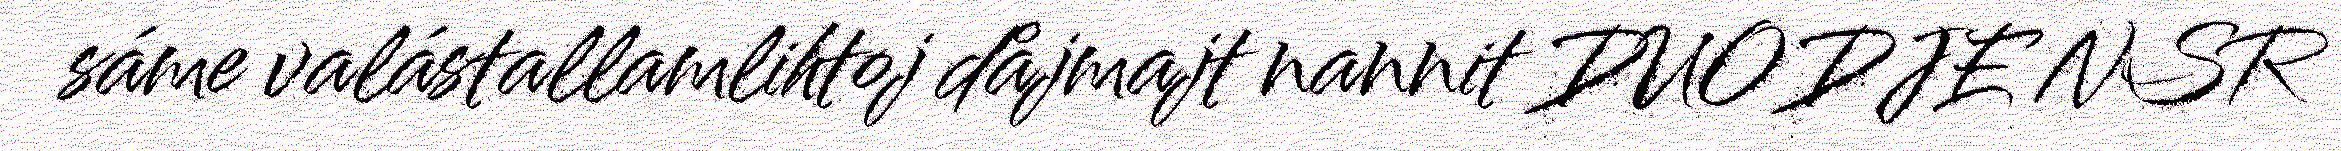
sáme valástallamlihtoj dåjmajt nannit DUODJE NSR